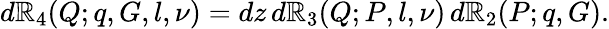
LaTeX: d{\cal\mathbb{R}}_{4}(Q;q,G,l,\nu)=dz\, d{\cal\mathbb{R}}_{3}(Q;P,l,\nu)\, d{\cal\mathbb{R}}_{2}(P;q,G).